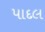
પાદલ